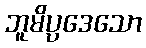
ဘူမိပ္ပဒေသော